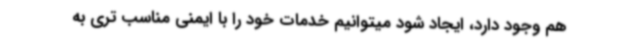
هم وجود دارد، ایجاد شود میتوانیم خدمات خود را با ایمنی مناسب تری به